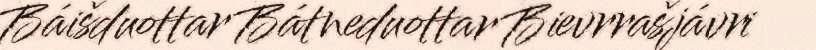
Báišduottar Bátneduottar Bievrrašjávri